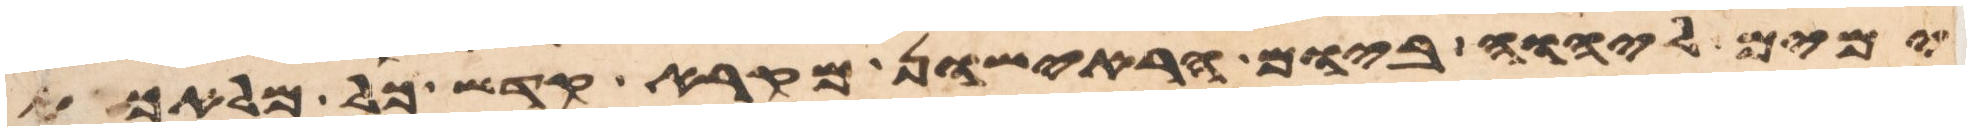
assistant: ימים ליהוה ביום הראישון מקרא קדש כל מלאכת